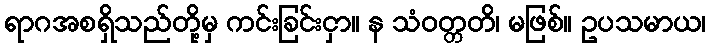
ရာဂအစရှိသည်တို့မှ ကင်းခြင်းငှာ။ န သံဝတ္တတိ၊ မဖြစ်။ ဥပသမာယ၊